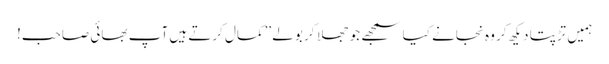
ہمیں تڑپتا دیکھ کر وہ نجانے کیا سمجھے جو جھلا کر بولے ’’کمال کرتے ہیں آپ بھائی صاحب!